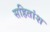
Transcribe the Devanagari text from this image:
सहितांश